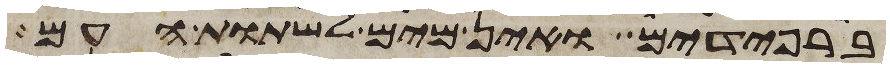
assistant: ברפידים ואין מים לשתות העם